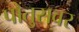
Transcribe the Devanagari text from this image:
पोंतुसवर